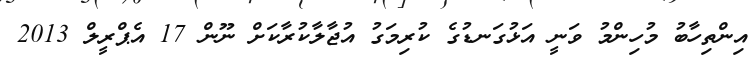
އިންތިހާބު މުހިންމު ވަނީ އަޅުގަނޑުގެ ކުރިމަގު އުޖާލާކުރާކަށް ނޫން 17 އެޕްރީލް 2013